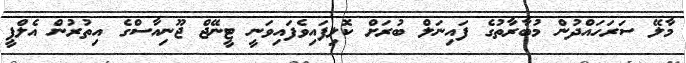
މާލޭ ސަރަހައްދުން މުބާރާތުގެ ފައިނަލް ބުރަށް ކޮލިފައިވެފައިވަނީ ޓީނޭޖް ޖޫނިއާސްގެ އިތުރުން އެލްޕީ